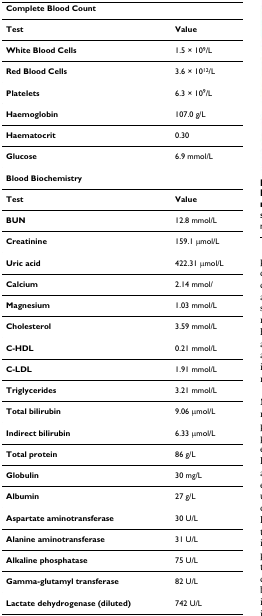
<table><thead><tr><td><b>Complete Blood Count</b></td><td></td></tr></thead><tbody><tr><td><b>Test</b></td><td><b>Value</b></td></tr><tr><td><b>White Blood Cells</b></td><td>1.5 × 10<sup>9</sup>/L</td></tr><tr><td><b>Red Blood Cells</b></td><td>3.6 × 10<sup>12</sup>/L</td></tr><tr><td><b>Platelets</b></td><td>6.3 × 10<sup>9</sup>/L</td></tr><tr><td><b>Haemoglobin</b></td><td>107.0 g/L</td></tr><tr><td><b>Haematocrit</b></td><td>0.30</td></tr><tr><td><b>Glucose</b></td><td>6.9 mmol/L</td></tr><tr><td><b>Blood Biochemistry</b></td><td></td></tr><tr><td><b>Test</b></td><td><b>Value</b></td></tr><tr><td><b>BUN</b></td><td>12.8 mmol/L</td></tr><tr><td><b>Creatinine</b></td><td>159.1 μmol/L</td></tr><tr><td><b>Uric acid</b></td><td>422.31 μmol/L</td></tr><tr><td><b>Calcium</b></td><td>2.14 mmol/</td></tr><tr><td><b>Magnesium</b></td><td>1.03 mmol/L</td></tr><tr><td><b>Cholesterol</b></td><td>3.59 mmol/L</td></tr><tr><td><b>C-HDL</b></td><td>0.21 mmol/L</td></tr><tr><td><b>C-LDL</b></td><td>1.91 mmol/L</td></tr><tr><td><b>Triglycerides</b></td><td>3.21 mmol/L</td></tr><tr><td><b>Total bilirubin</b></td><td>9.06 μmol/L</td></tr><tr><td><b>Indirect bilirubin</b></td><td>6.33 μmol/L</td></tr><tr><td><b>Total protein</b></td><td>86 g/L</td></tr><tr><td><b>Globulin</b></td><td>30 mg/L</td></tr><tr><td><b>Albumin</b></td><td>27 g/L</td></tr><tr><td><b>Aspartate aminotransferase</b></td><td>30 U/L</td></tr><tr><td><b>Alanine aminotransferase</b></td><td>31 U/L</td></tr><tr><td><b>Alkaline phosphatase</b></td><td>75 U/L</td></tr><tr><td><b>Gamma-glutamyl transferase</b></td><td>82 U/L</td></tr><tr><td><b>Lactate dehydrogenase (diluted)</b></td><td>742 U/L</td></tr></tbody></table>